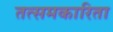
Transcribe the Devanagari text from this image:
तत्समकारिता